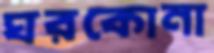
ঘরকোনা